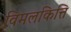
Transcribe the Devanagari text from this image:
विमलकित्ति